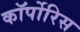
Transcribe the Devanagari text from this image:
कॉर्पोरिस